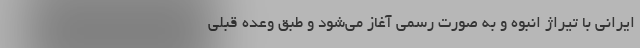
ایرانی با تیراژ انبوه و به صورت رسمی آغاز می‌شود و طبق وعده قبلی